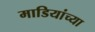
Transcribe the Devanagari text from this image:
माडियांच्या